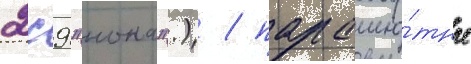
2с9 "нона".) / парашю́тные